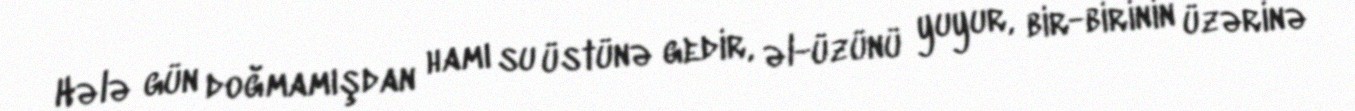
Hələ gün doğmamışdan hamı su üstünə gedir, əl-üzünü yuyur, bir-birinin üzərinə